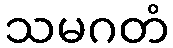
သမဂတံ